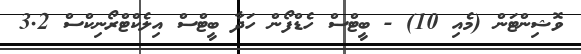
ވޮޝިންޓަން (މެއި 10) - ބީޓްސް ހެޑްފޯން ހަދާ ބީޓްސް އިލެކްޓްރޯނިކްސް 3.2